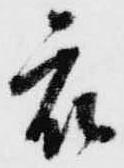
衆